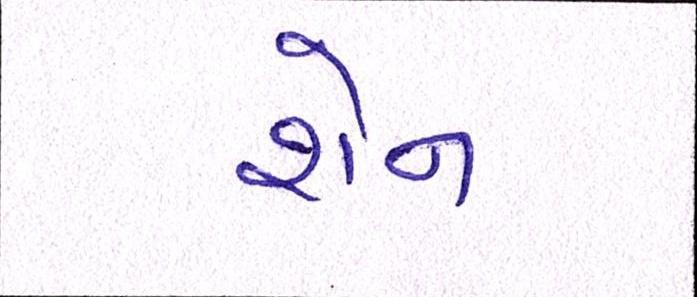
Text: શેન